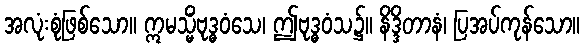
အလုံးစုံဖြစ်သော။ ဣမသ္မိံဗုဒ္ဓဝံသေ၊ ဤဗုဒ္ဓဝံသ၌။ နိဒ္ဒိတာနံ၊ ပြအပ်ကုန်သော။